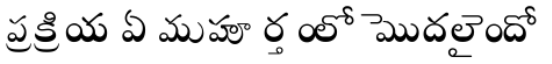
ప్రక్రియ ఏ ముహూర్తంలో మొదలైందో